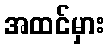
အထင်မှား